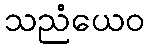
သညံယေဝ